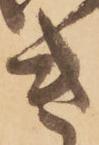
き